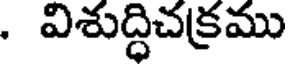
. విశుద్ధిచక్రము